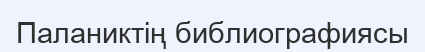
Паланиктің библиографиясы